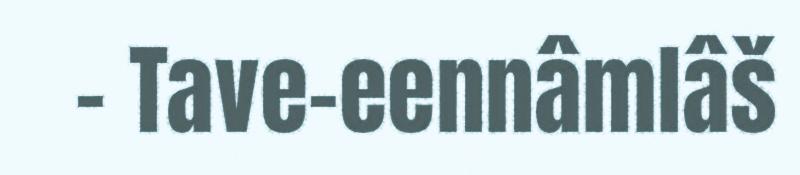
– Tave-eennâmlâš